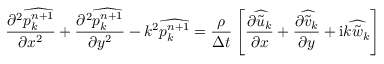
\frac { \partial ^ { 2 } \widehat { p _ { k } ^ { n + 1 } } } { \partial x ^ { 2 } } + \frac { \partial ^ { 2 } \widehat { p _ { k } ^ { n + 1 } } } { \partial y ^ { 2 } } - k ^ { 2 } \widehat { p _ { k } ^ { n + 1 } } = \frac { \rho } { \Delta t } \left[ \frac { \partial \widehat { \tilde { u } _ { k } } } { \partial x } + \frac { \partial \widehat { \tilde { v } _ { k } } } { \partial y } + \mathrm { i } k \widehat { \tilde { w } _ { k } } \right]